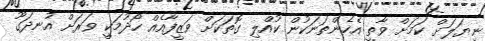
ނިޔަލަށް ކަމަށް ވާތީ އެހެންތަނަކުން ކުއްލި ގޮތަކަށް ވަޒީފާއެއް ހޯދުމަކީ ވަރަށް އުނދަގޫ